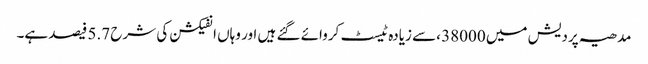
مدھیہ پردیش میں 38000 ،سے زیادہ ٹیسٹ کروائے گئے ہیں اور وہاں انفیکشن کی شرح 5.7 فیصد ہے۔